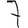
Digit: 7